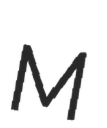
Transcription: M